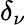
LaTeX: \delta_{\nu}